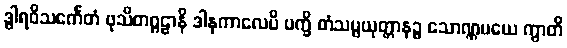
ဒွါရဝိသင်္ကေတံ ဖုသိတဂ္ဂဠာနိ ဒါနကာလေပိ ပက္ခိ တံသမ္ပယုတ္တာနဉ္စ သောဏ္ဏမယေ ကွာတိ